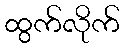
ထွက်လိုက်